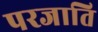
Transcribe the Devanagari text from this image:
परजाति